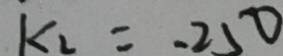
k _ { 2 } = - 2 5 0